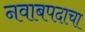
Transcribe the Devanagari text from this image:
नवाबपदाचा